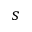
s